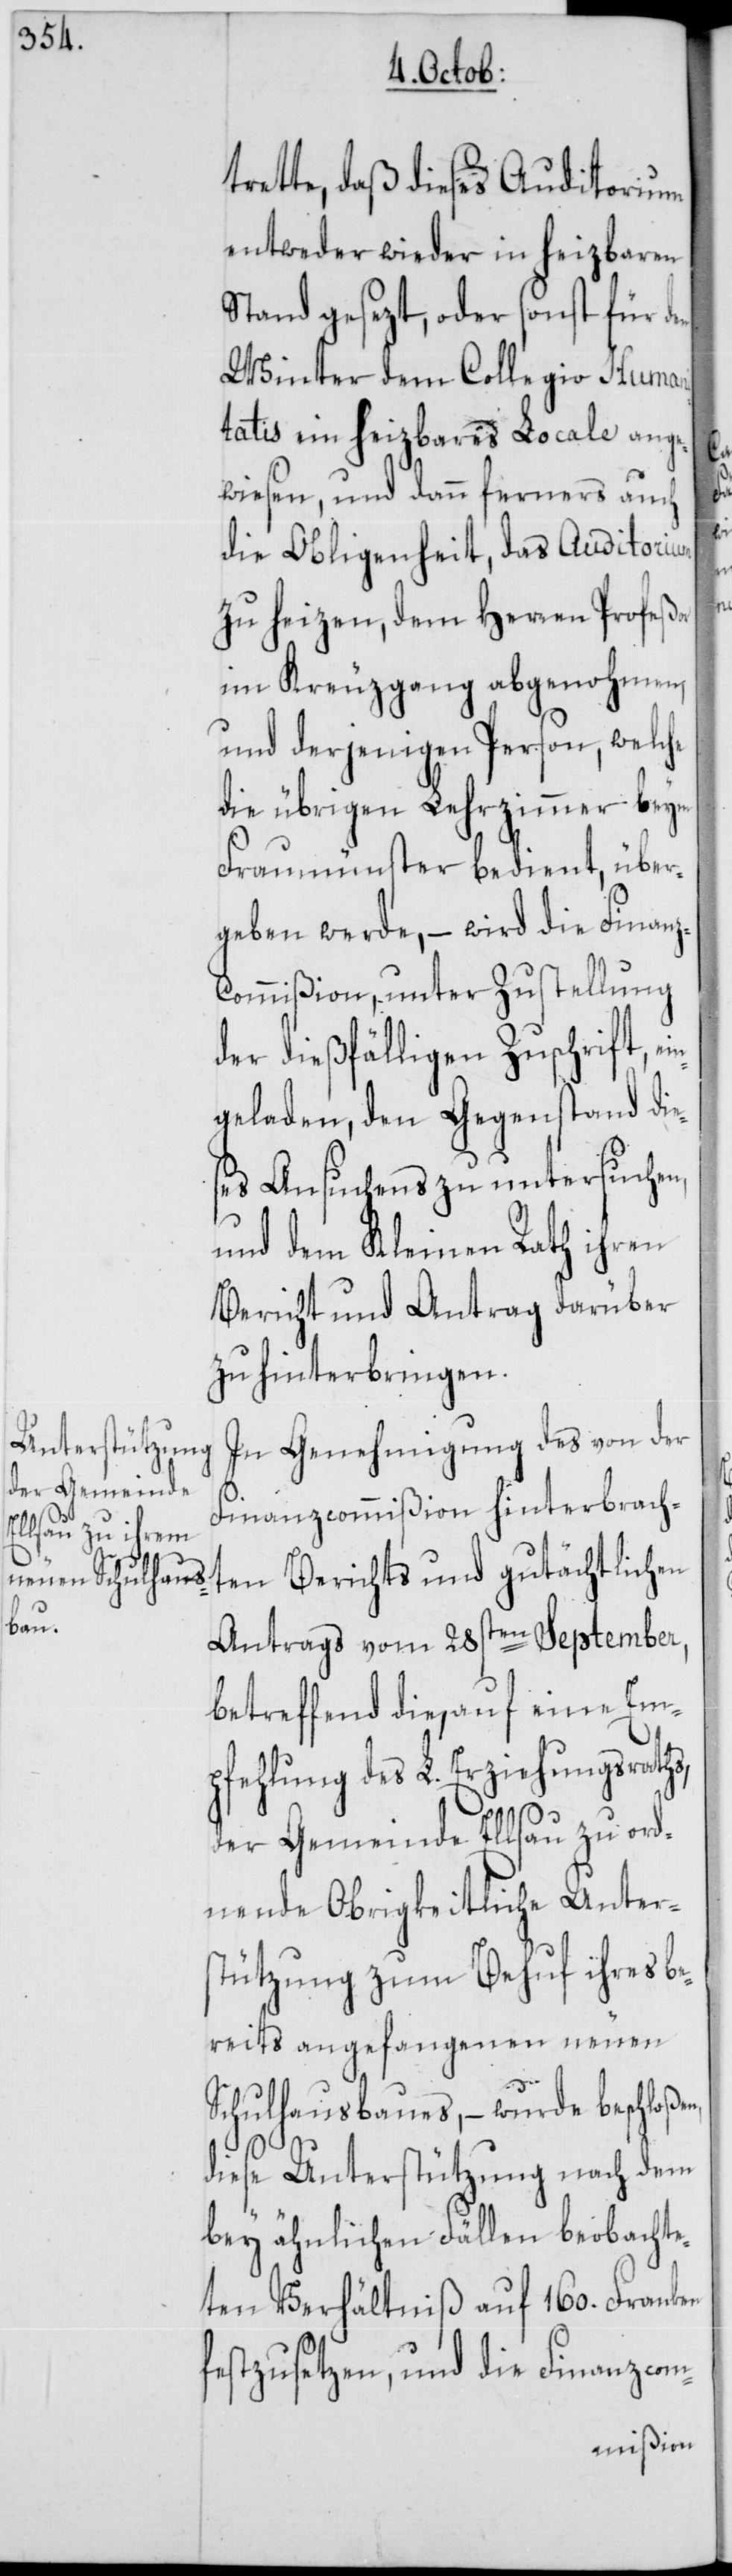
z-C¬

trette, daß dieses Auditorium
entweder wieder in heizbaren
Stand gesezt, oder sonst für den
Winter dem Collegio Humani¬
tatis ein heizbares Locale ange¬
wiesen, und dann ferners auch
die Obligenheit, das Auditorium
zu heizen, dem Herren Profeßor
im Kreuzgang abgenohmen,
und derjenigen Person, welche
die übrigen Lehrzimmer beym
Fraumünster bedient, über¬
geben werde, – wird die Finan¬
ommißion unter Zustellung
der dießfälligen Zuschrift ei¬
ngeladen, den Gegenstand die¬
ses Ansuchens zu untersuchen,
und dem Kleinen Rath ihren
Bericht und Antrag darüber
zu hinterbringen.
In Genehmigung des von der
Finanzcommißion hinterbracht¬
en Berichts und gutächtlichen
Antrags vom 28sten September,
betreffend die, auf eine Em¬
pfehlung des L. Erziehungsraths,
der Gemeinde Ellsau zu ord¬
nende Obrigkeitliche Unter¬
stützung zum Behuf ihres be¬
reits angefangenen neuen
Schulhausbaues, – wurde beschloßen,
diese Unterstützung nach dem
bey ähnlichen Fällen beobachte¬
ten Verhältniß auf 160. Franken
festzusetzen, und die Finanzcom-